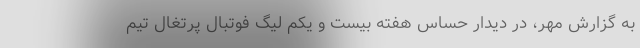
به گزارش مهر، در دیدار حساس هفته بیست و یکم لیگ فوتبال پرتغال تیم